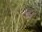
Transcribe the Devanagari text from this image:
च्ले